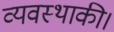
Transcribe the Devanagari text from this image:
व्यवस्थाकी।